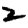
Digit: 2